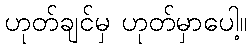
ဟုတ်ချင်မှ ဟုတ်မှာပေါ့။